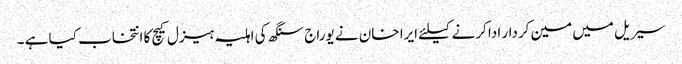
سیریل میں مین کردار ادا کرنے کیلئے ایرا خان نے یوراج سنگھ کی اہلیہ ہیزل کیچ کا انتخاب کیا ہے ۔